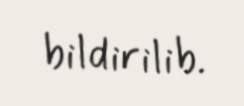
bildirilib.